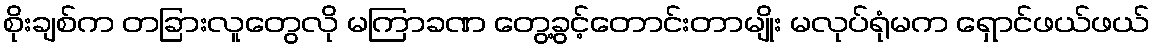
စိုးချစ်က တခြားလူတွေလို မကြာခဏ တွေ့ခွင့်တောင်းတာမျိုး မလုပ်ရုံမက ရှောင်ဖယ်ဖယ်